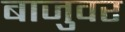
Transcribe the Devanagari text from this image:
बाजुवर